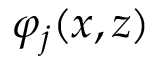
\varphi _ { j } ( x , z )